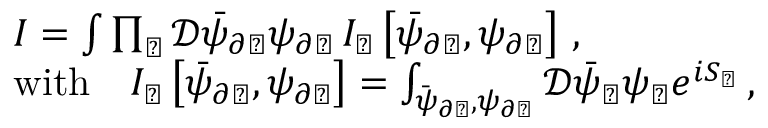
\begin{array} { r l } & { I = \int \prod _ { \triangledown } \mathcal { D } \bar { \psi } _ { \partial \triangledown } \psi _ { \partial \triangledown } \, I _ { \triangledown } \left[ \bar { \psi } _ { \partial \triangledown } , \psi _ { \partial \triangledown } \right] \, , } \\ & { \mathrm { w i t h } \quad I _ { \triangledown } \left[ \bar { \psi } _ { \partial \triangledown } , \psi _ { \partial \triangledown } \right] = \int _ { \bar { \psi } _ { \partial \triangledown } , \psi _ { \partial \triangledown } } \mathcal { D } \bar { \psi } _ { \triangledown } \psi _ { \triangledown } e ^ { i S _ { \triangledown } } \, , } \end{array}